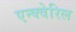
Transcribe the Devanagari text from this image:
एन्क्वेरिल